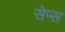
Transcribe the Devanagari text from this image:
सेप्स